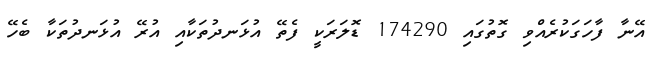
އޭނާ ފާހަގަކުރެއްވި ގޮތުގައި 174290 ޑޮލަރަކީ ފެތޭ އުޅަނދުތަކާއި އުރޭ އުޅަނދުތަކާ ބެހޭ